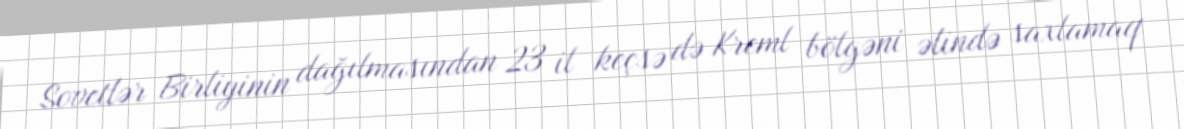
Sovetlər Birliyinin dağılmasından 23 il keçsə də Kreml bölgəni əlində saxlamaq